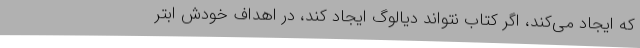
که ایجاد می‌کند، اگر کتاب نتواند دیالوگ ایجاد کند، در اهداف خودش ابتر